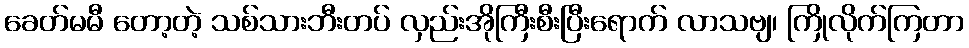
ခေတ်မမီ တော့တဲ့ သစ်သားဘီးတပ် လှည်းအိုကြီးစီးပြီးရောက် လာသဗျ၊ ကြိုလိုက်ကြတာ